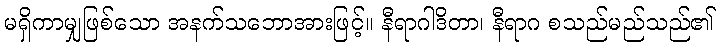
မရှိကာမျှဖြစ်သော အနက်သဘောအားဖြင့်။ နီရာဂါဒိတာ၊ နီရာဂ စသည်မည်သည်၏